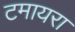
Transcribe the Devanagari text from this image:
टमायरा